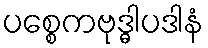
ပစ္စေကဗုဒ္ဓါပဒါနံ